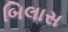
બિલાસ